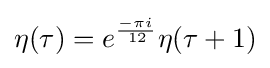
\eta (\tau )=e^{\frac {-\pi i}{\,12}}\eta (\tau +1)